Vaccination in Bombay 1889-1901 - 1889-1901
Year: 1889
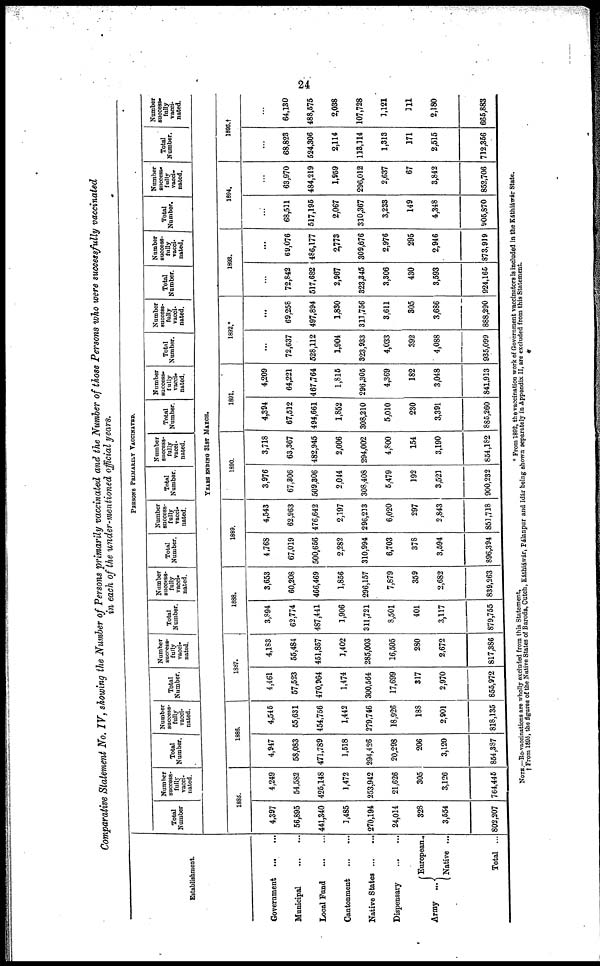
24
Comparative Statement No. IV, showing the Number of Persons primarily vaccinated and the Number of those Persons who were successfully vaccinated
in each of the under-mentioned official years.
Establishment.
Government...
...
Municipal
...
...
Local Fund
...
...
Cantonment
...
...
Native
States...
...
Dispensary
...
...
Army ...
European...
Native ...
Total ...
PERSONS PRIMARILY VACCINATED.
Total
Number
Number
success-
fully
vacci-
nated.
Total
Number.
Number
success-
fully
vacci¬
nated.
Total
Number.
Number
success-
fully
vacci-
nated.
Total
Number.
Number
success-
fully
vacci¬
nated.
Total
Number.
Number
success-
fully
vacci-
nated.
Total
Number.
Number
success¬
fully
vacci-
nated.
Total
Number.
Number
success-
fully
vacci¬
nated.
Total
Number.
Number
success-
fully
vacci-
nated.
Total
Number.
Number
success-
fully
vacci-
nated.
Total
Number.
Number
success-
fully
vacci-
nated.
Total
Number.
Number
success¬
fully
vacci-
nated.
YEARS ENDING 31ST MARCH.
1885.
4,397
56,895
441,340
1,485
270,194
24,014
328
3,554
802,207
4,249
54,582
425,148
1,472
253,942
21,626
305
3,126
764,445
1886.
4,947
58,083
471,789
1,518
294,426
20,298
206
3,120
854,387
4,545
55,631
454,756
1,442
279,746
18,926
188
2,901
818,135
1887.
4,461
57,523
470,964
1,474
300,564
17,699
317
2,970
855,972
4,183
55,484
451,857
1,402
285,003
16,505
280
2,672
817,386
1888.
3,894
62,774
487,441
1,906
311,721
8,501
401
3,117
879,755
3,653
60,208
466,469
1,856
296,157
7,879
359
2,682
839,263
1889.
4,768
67,019
500,656
2,282
310,994
6,703
378
3,594
896,394
4,543
62,963
476,642
2,197
296,213
6,020
297
2,843
851,718
1890.
3,976
67,306
509,306
2,044
308,408
5,479
192
3,521
900,232
3,718
63,367
482,945
2,006
294,002
4,800
154
3,190
854,182
1891.
4,394
67,512
494,661
1,852
308,210
5,010
230
3,391
885,260
4,209
64,221
467,764
1,815
296,305
4,369
182
3,048
841,913
1892.*
...
72,637
528,112
1,904
323,933
4,033
392
4,088
935,099
...
69,258
497,894
1,830
311,756
3,611
305
3,686
888,290
1893.
...
72,842
517,682
2,967
323,345
3,306
430
3,593
924,165
...
69,076
486,177
2,773
309,676
2,976
295
2,946
873,919
1894.
...
68,511
517,195
2,067
310,367
3,233
149
4,348
905,870
...
63,970
484,219
1,959
296,012
2,637
67
3,842
852,706
1895.†
...
68,823
524,306
2,114
113,114
1,313
171
2,515
712,356
...
64,130
488,575
2,038
107,728
1,121
111
2,180
665,883
NOTE.—Re-vaccinations are wholly excluded from this Statement.
* From 1892, the vaccination work of Government vaccinators is included in the Káthiáwár State.
† From 1895, the figures of the Native States of Baroda, Cutch, Káthiáwár, Pálanpur and Idár being shown separately in Appendix II, are excluded from this Statement.